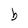
Character: b